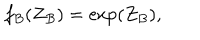
LaTeX: f _ { B } ( Z _ { B } ) = \exp ( Z _ { B } ) ,